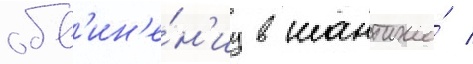
обв'ин'е́н'иу в шантаже́ /